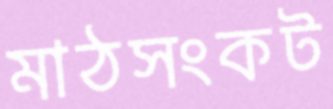
মাঠসংকট